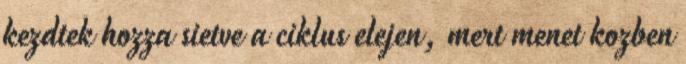
kezdtek hozza sietve a ciklus elejen, mert menet kozben